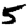
Digit: 5